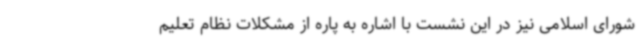
شورای اسلامی نیز در این نشست با اشاره به پاره از مشکلات نظام تعلیم